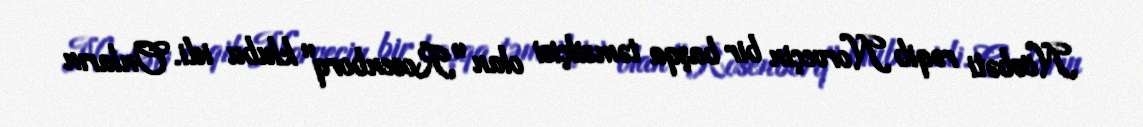
Növbəti rəqib Norveçin bir başqa təmsilçisi olan "Rosenborq" klubu idi. Onların